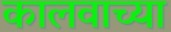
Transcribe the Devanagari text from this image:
कालवाच्या